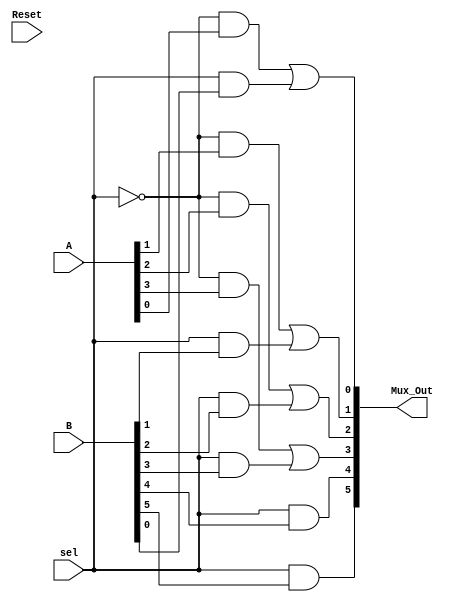
module Five_Bit_MUX(Mux_Out,A,B,sel,Reset);
	input [5:0] B;
	input [3:0] A;
	input Reset,sel;
	output [5:0] Mux_Out;
	wire w1,w2,w3,w4,w5,w6,w7,w8,w9,w10,w11,w12;
	supply0 g1,g2;
	and a1(w1,~sel,A[0]);
	and a2(w2,sel,B[0]);
	or o1(Mux_Out[0],w1,w2);
	and a3(w3,~sel,A[1]);
	and a4(w4,sel,B[1]);
	or o2(Mux_Out[1],w3,w4);
	and a5(w5,~sel,A[2]);
	and a6(w6,sel,B[2]);
	or o3(Mux_Out[2],w5,w6);
	and a7(w7,~sel,A[3]);
	and a8(w8,sel,B[3]);
	or o4(Mux_Out[3],w7,w8);
	and a9(w9,~sel,1'b0);
	and a10(w10,sel,B[4]);
	or o5(Mux_Out[4],w9,w10);
	or o6(Mux_Out[5],w11,w12);
	and a11(w11,~sel,1'b0);
	and a12(w12,sel,B[5]);
	
endmodule